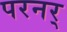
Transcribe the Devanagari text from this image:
परनर्